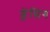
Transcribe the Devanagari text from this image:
ड्रेंसिग